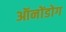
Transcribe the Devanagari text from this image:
ऑनोंडोग